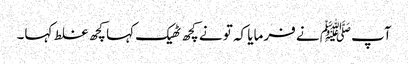
آپﷺ نے فرمایا کہ تو نے کچھ ٹھیک کہا کچھ غلط کہا۔